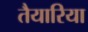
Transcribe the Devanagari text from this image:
तैयारिया